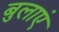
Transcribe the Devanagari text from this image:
बुलाएं